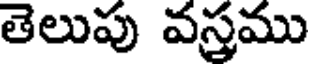
తెలుపు వస్త్రము